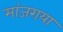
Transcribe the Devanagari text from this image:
मांजराया